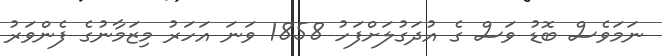
ނަމަވެސް ބޮޑު ވަސް ގެ އުދަގުލަށްފަހު 1858 ވަނަ އަހަރު މިޒަމާނުގެ ފެންވަރު